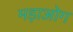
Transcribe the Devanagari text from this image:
मड़ाओग